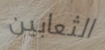
الثعابين